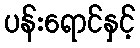
ပန်းရောင်နှင့်